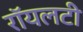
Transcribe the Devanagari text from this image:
रॉयलटी